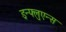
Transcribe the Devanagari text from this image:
इन्फ्लुएन्स